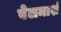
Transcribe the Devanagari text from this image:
बेलमार्श